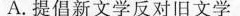
A.提倡新文学反对旧文学